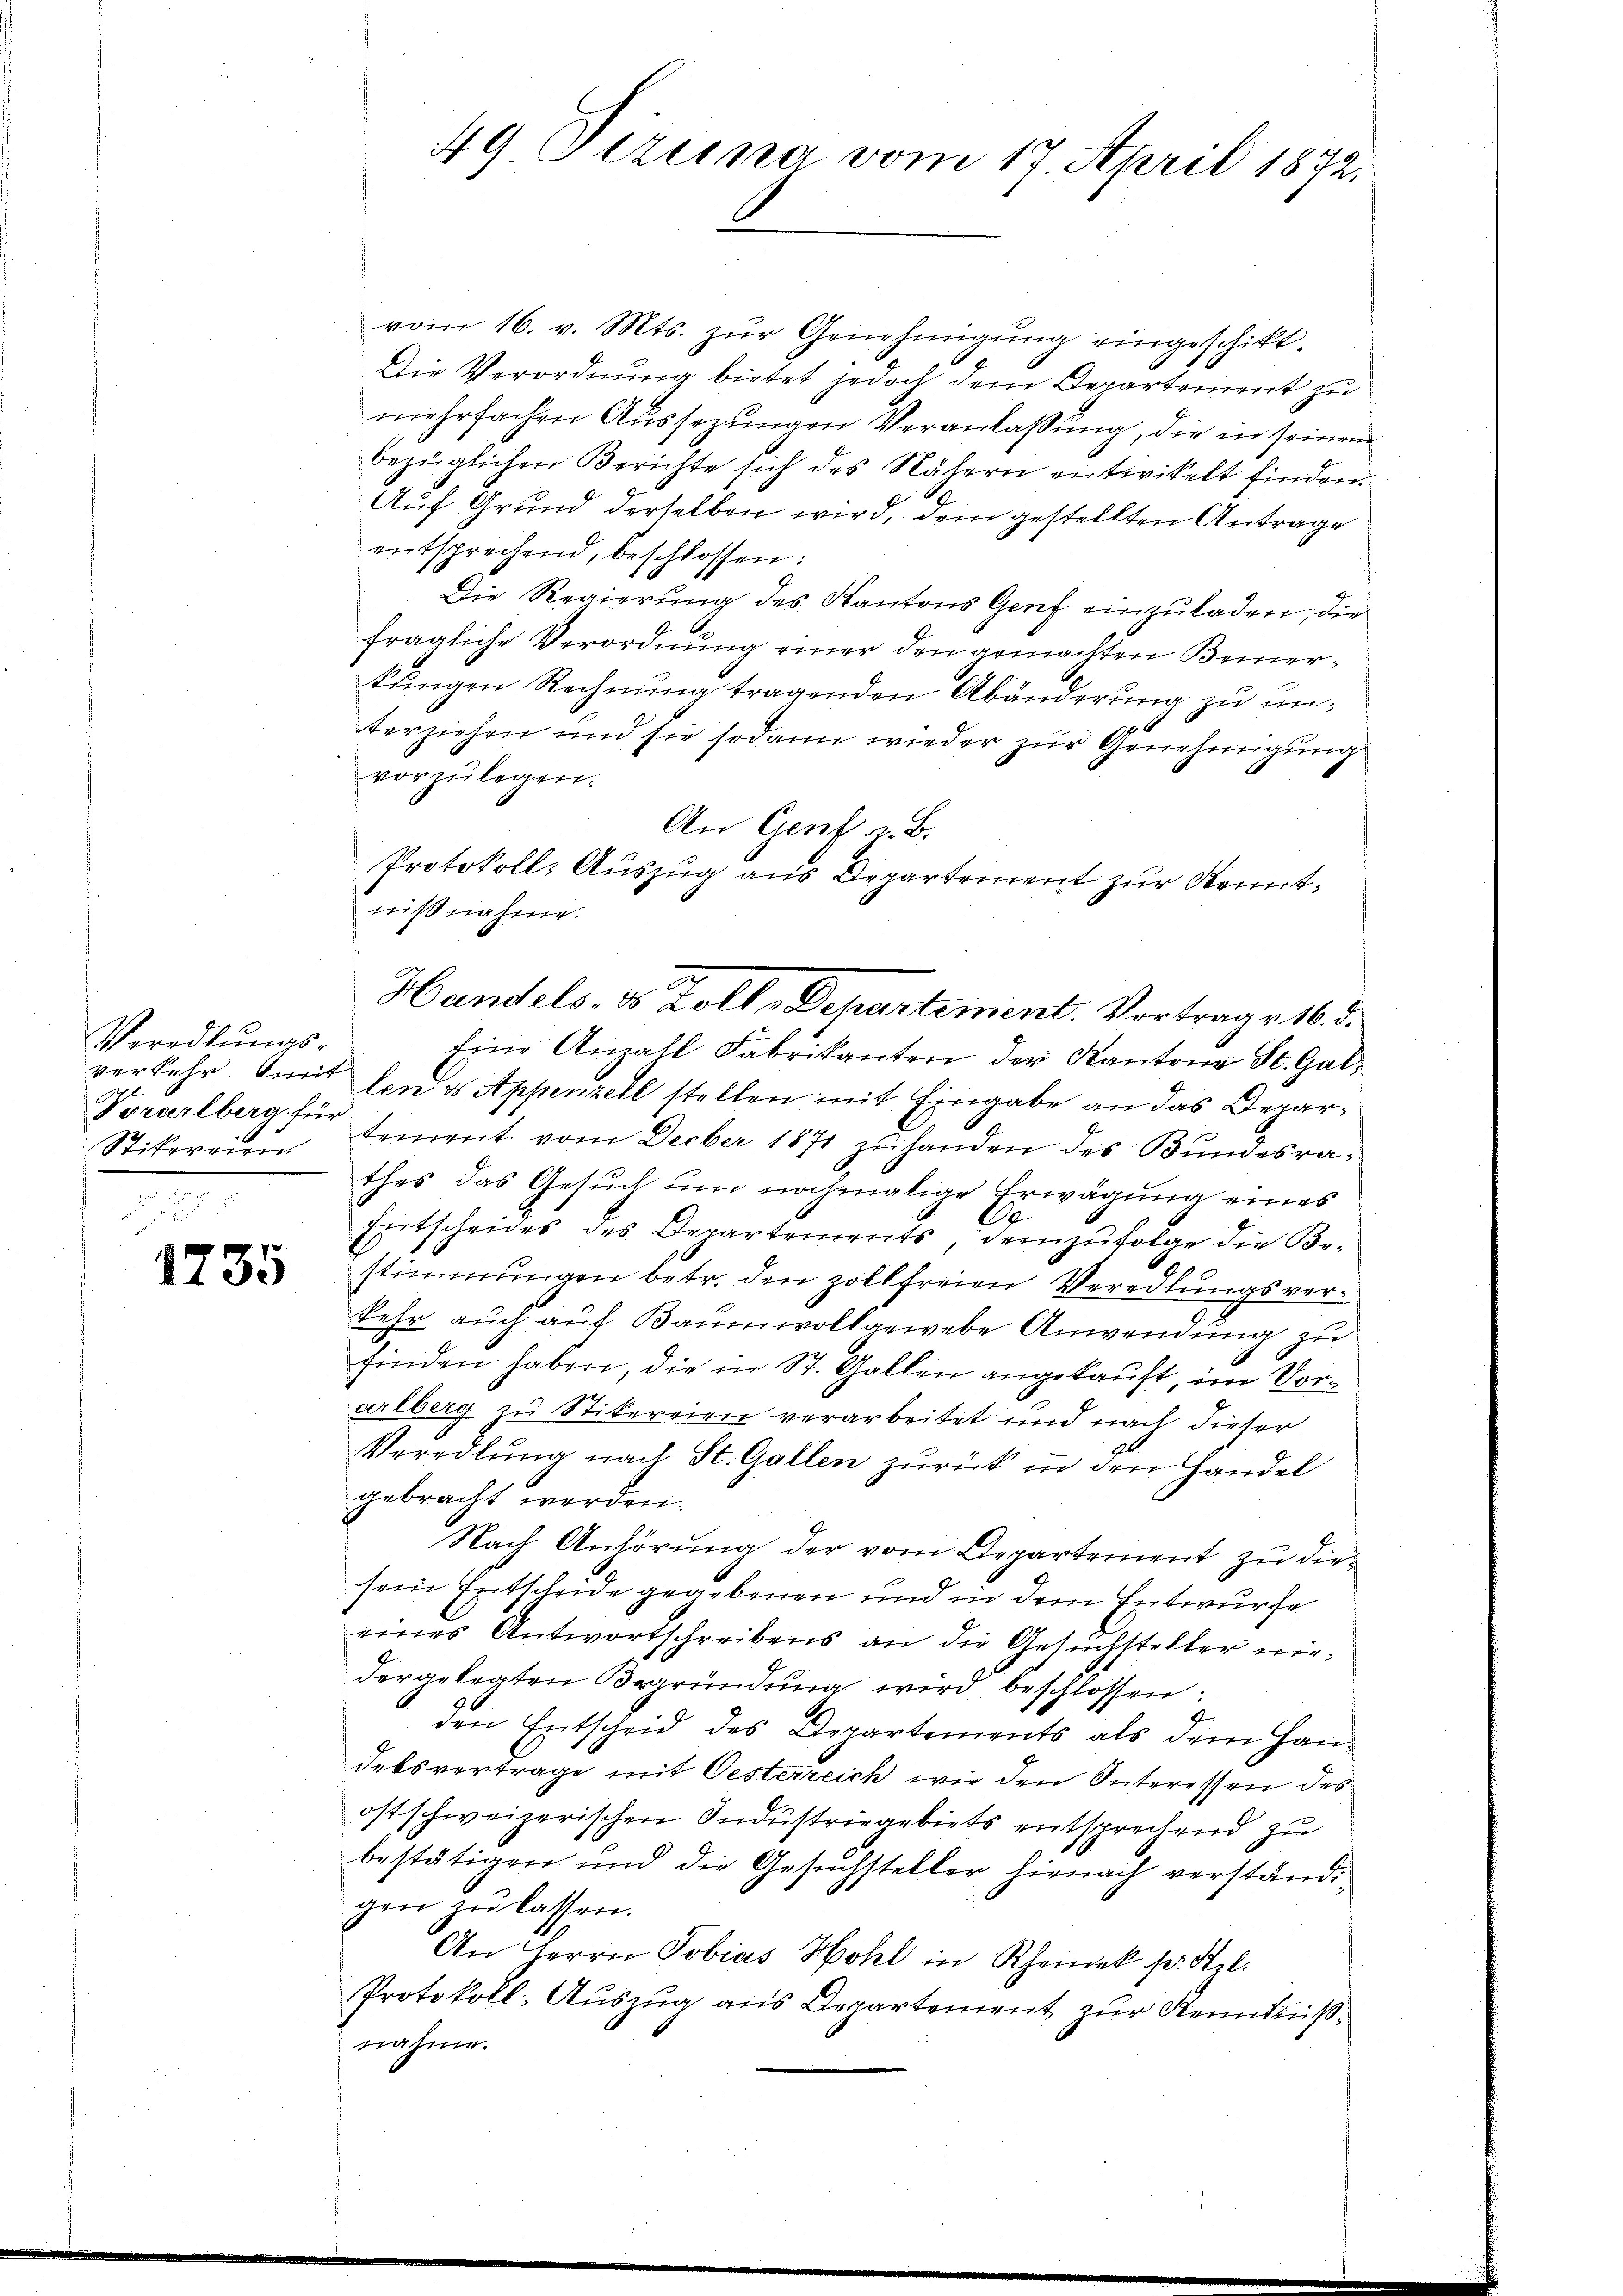
1735

vom 16. v. Mts. zur Genehmigung eingeschikt.
Die Verordnung bietet jedoch dem Departement zu
mehrfachen Aussezungen Veranlassung, die in seinem
bezüglichen Berichte sich des Nähern entwickelt finden.
Auf Grund derselben wird, dem gestellten Antrage
entsprechend, beschlossen:
Die Regierung des Kantons Genf einzuladen, die
fragliche Verordnung einer den gemachten Bemerkungen Rechnung tragenden Abänderung zu unterziehen und sie sodann wieder zur Genehmigung
vorzulegen.
An Genf z. B.
Protokolls Auszug aus Departement zur Kenntnißnahme.
Eine Anzahl Fabrikanten der Kantone St. Galverkehr. Amit den & Appenzell stellen mit Eingabe an das Depar¬
Stikereien Sement vom Decber 1871 zŭ handen des Bundesra-
thes das Gesuch um nochmalige Erwägung eines
Entscheides des Departements, demzufolge die Be-
stimmungen betr. den zollfreien Veredlungsverkehr auch auf Baumwollgewebe Anwendung zu
finden haben, die in St. Gallen angekauft, im Vorarlberg zu Stikereien verarbeitet und nach dieser
Veredlung nach St. Gallen zurück in den Handel
gebracht werden.
Nach Anhörung der vom Departement zu diesein Entscheide gegebenen und in dem Entwurfe
eines Antwortschreibens an die Gesuchsteller niedergelegten Begründung wird beschlossen:
den Entscheid des Departements als dem Handebsvertrage mit Oesterreich wie den Interessen des
ostschweizerischen Industriegebiets entsprechend zu
bestätigen und die Gesuchsteller hienach verständigen zŭ lassen.
An Herrn Tobias Hohl in Rheinek pr. Stzl.
Protokoll: Auszug aus Departement zur Kenntnißnahme.

Veredlungs¬
Vorarlberg für
.

49 Pezena vom 17. April 1872.

Handels- & Zoll-Departement. Vortrage 16. d.